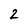
Character: 2